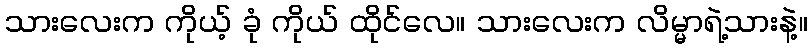
သားလေးက ကိုယ့် ခုံ ကိုယ် ထိုင်လေ။ သားလေးက လိမ္မာရဲ့သားနဲ့။